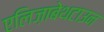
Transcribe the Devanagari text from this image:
एलिज़ाबेथटाउन